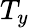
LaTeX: T_{y}